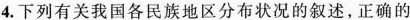
4.下列有关我国各民族地区分布状况的叙述，正确的